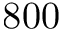
8 0 0